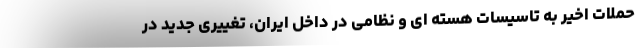
حملات اخیر به تاسیسات هسته ای و نظامی در داخل ایران، تغییری جدید در